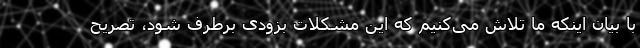
با بیان اینکه ما تلاش می‌کنیم که این مشکلات بزودی برطرف شود، تصریح